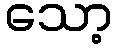
သော့